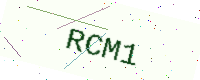
Text: RCM1